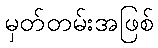
မှတ်တမ်းအဖြစ်